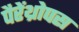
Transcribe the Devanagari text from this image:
पैरेंथ्रोपस